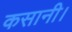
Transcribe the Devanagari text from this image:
कसानी।